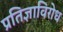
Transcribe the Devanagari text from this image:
प्रतिज्ञाविरोध